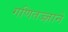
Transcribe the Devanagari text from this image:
गणितज्ज्ञाने